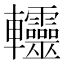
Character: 䡿